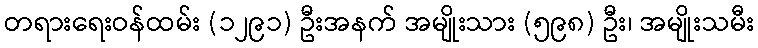
တရားရေးဝန်ထမ်း (၁၂၉၁) ဦးအနက် အမျိုးသား (၅၉၈) ဦး၊ အမျိုးသမီး